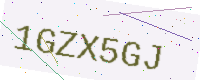
Text: 1GZX5GJ